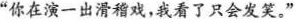
”你在演一出滑稽戏，我看了只会发笑。”